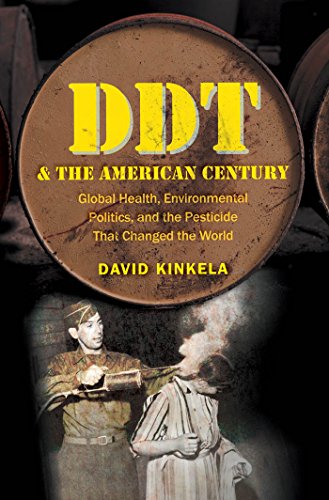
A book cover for DDT and the American Century: Global Health, Environmental Politics, and the Pesticide That Changed the World (The Luther H. Hodges Jr. and Luther H. ... Entrepreneurship, and Public Policy); David Kinkela; Science & Math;